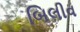
બિલીવ